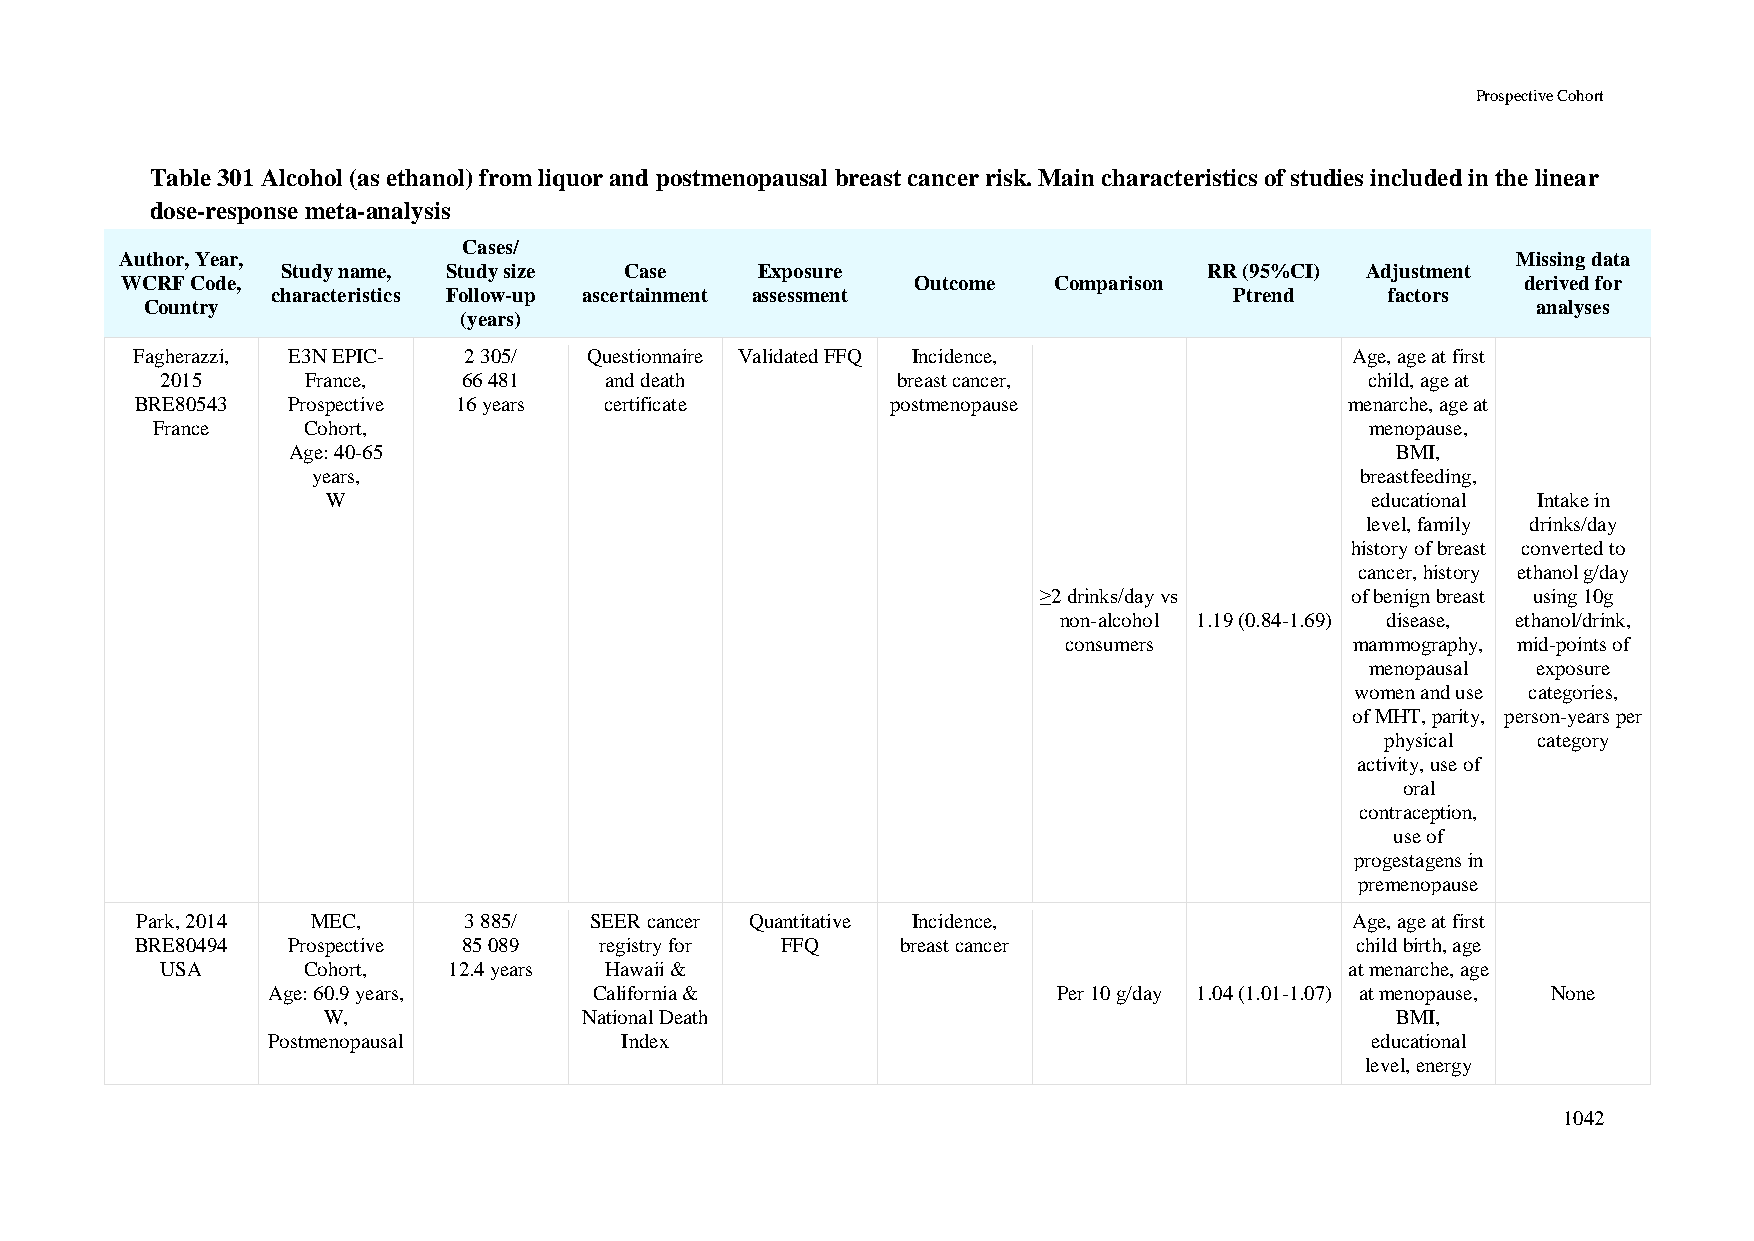
Prospective Cohort
 Table 301 Alcohol (as ethanol) from liquor and postmenopausal breast cancer risk. Main characteristics of studies included in the linear
 dose-response meta-analysis
 Cases/
 Author, Year,                                                                               Missing data
 Study name, Study size Case    Exposure                      RR (95%CI) Adjustment
 WCRF Code,                                           Outcome  Comparison                     derived for
 characteristics Follow-up ascertainment assessment              Ptrend    factors
 Country                                                                                     analyses
 (years)
 Fagherazzi, E3N EPIC- 2 305/  Questionnaire Validated FFQ Incidence,             Age, age at first
 2015     France,    66 481   and death          breast cancer,                  child, age at
 BRE80543  Prospective 16 years certificate        postmenopause                 menarche, age at
 France    Cohort,                                                                menopause,
 Age: 40-65                                                               BMI,
 years,                                                               breastfeeding,
 W                                                                    educational Intake in
 level, family drinks/day
 history of breast converted to
 cancer, history ethanol g/day
 ≥2 drinks/day vs    of benign breast using 10g
 non-alcohol 1.19 (0.84-1.69) disease, ethanol/drink,
 consumers          mammography, mid-points of
 menopausal exposure
 women and use categories,
 of MHT, parity, person-years per
 physical  category
 activity, use of
 oral
 contraception,
 use of
 progestagens in
 premenopause
 Park, 2014  MEC,      3 885/  SEER cancer Quantitative Incidence,                Age, age at first
 BRE80494  Prospective 85 089   registry for FFQ    breast cancer                 child birth, age
 USA      Cohort,   12.4 years Hawaii &                                        at menarche, age
 Age: 60.9 years,     California &                   Per 10 g/day 1.04 (1.01-1.07) at menopause, None
 W,                National Death                                       BMI,
 Postmenopausal         Index                                             educational
 level, energy
 1042